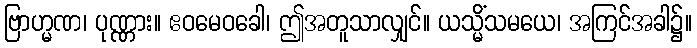
ဗြာဟ္မဏ၊ ပုဏ္ဏား။ ဧဝမေဝခေါ၊ ဤအတူသာလျှင်။ ယသ္မိံသမယေ၊ အကြင်အခါ၌။